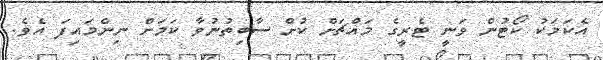
އެކަމަކު ކޯޓުން ވަނީ ޓެރީގެ މައްޗަށް ކުށް ސާބިތުނުވާ ކަމަށް ނިންމައިފަ އެވެ.